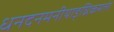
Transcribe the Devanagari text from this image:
धनदनमनीयाङ्‌घ्रिकमले।